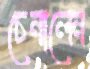
চেনালেন